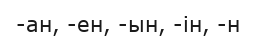
-ан, -ен, -ын, -ін, -н